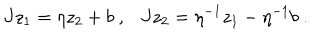
LaTeX: J z _ { 1 } = \eta z _ { 2 } + b ~ , J z _ { 2 } = \eta ^ { - 1 } z _ { 1 } - \eta ^ { - 1 } b ~ .